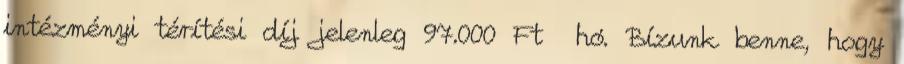
intézményi térítési díj jelenleg 97.000 Ft hó. Bízunk benne, hogy